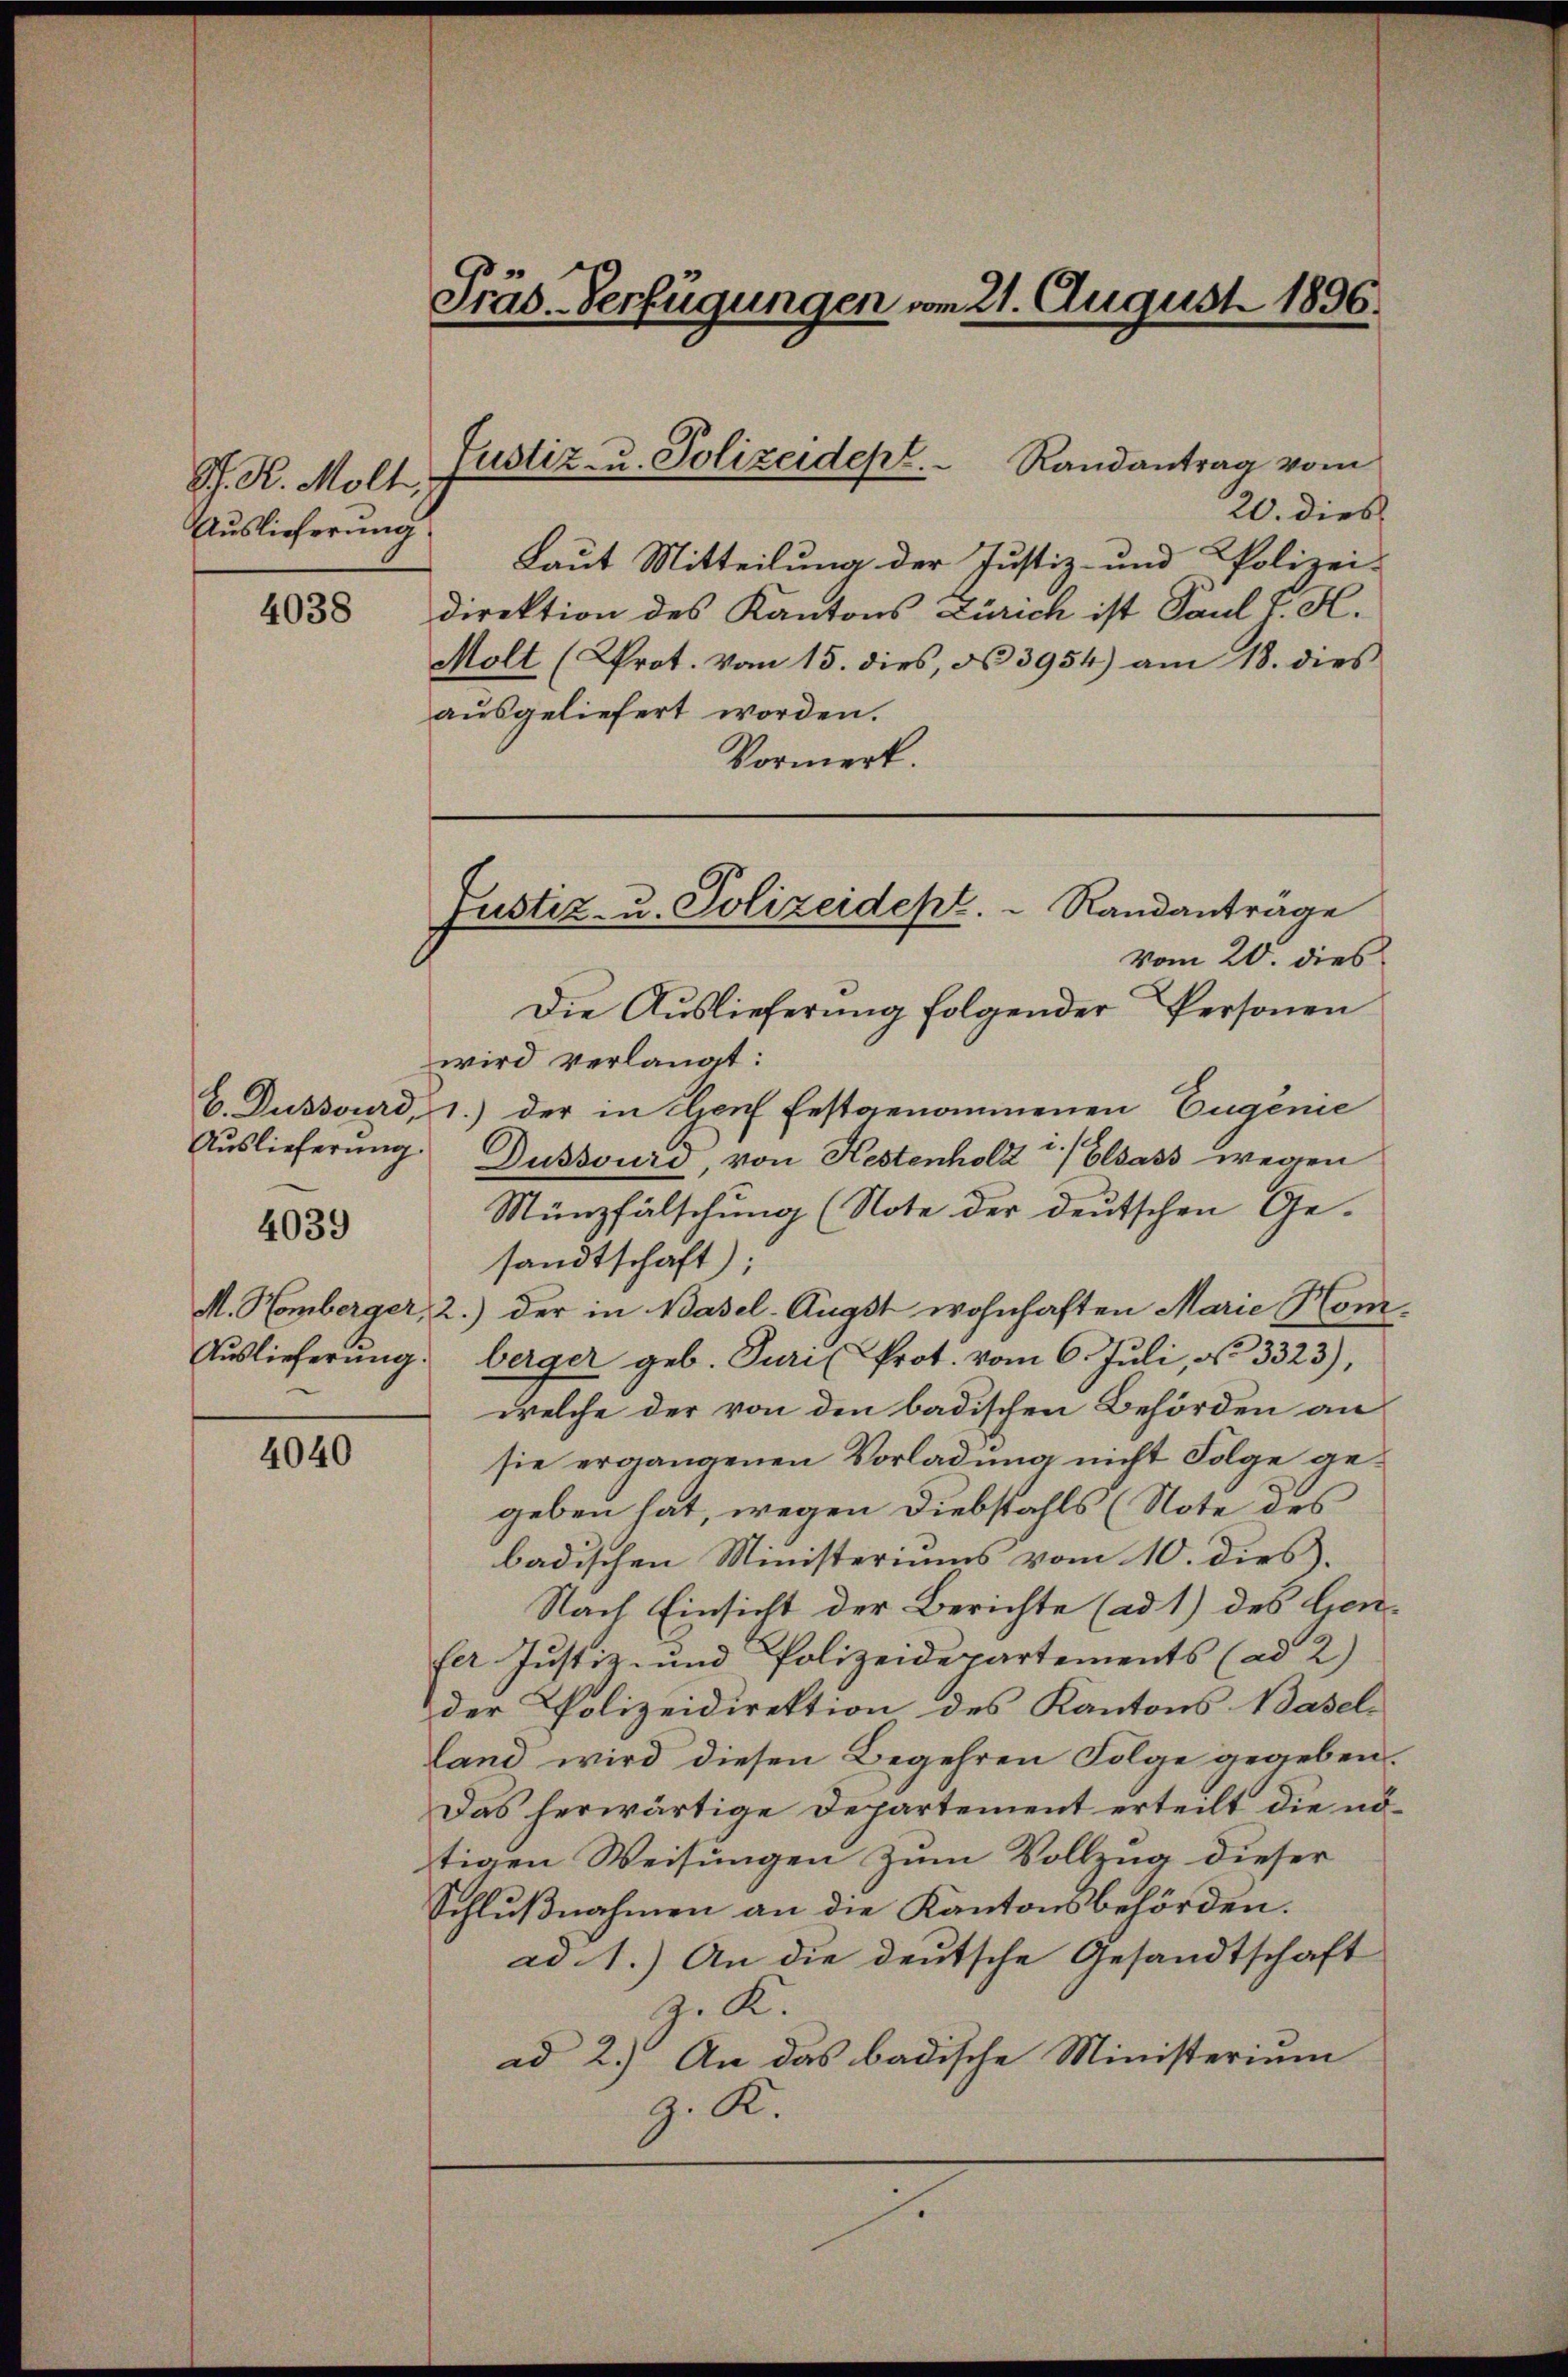
S. K. Molt,
Auslieferung
4038

4039

4040

Präs. Verfügungen vom 21. August 1896.

20. dies
Laut Mitteilung der Justiz- und Polizei-
direktion des Kantons Zürich ist Paul J. H.
Molt (Krot. vom 15. dies, No 3954) am 18. dies
ausgeliefert worden.
Vormerk.

Justiz- u. Polizeidept. Randantrag vom

vom 20. dies
Die Auslieferung folgender Personen
wird verlangt:
C. Dubsurd, 1.) der in Genf festgenommenen Eugenie
Auslieferung Dussvurd, von Kestenholz 3) Elsass wegen
Münzfälschung (Note der deutschen Ge-
sandtschaft);
M. Homberger, 2.) der in Basel-Augst wohnhaften Marie Hom¬
Aŭslieferŭng berger geb. Puri Prot. vom 6. Jŭli, N. 3323),
welche der von den badischen Behörden an
sie ergangenen Vorladung nicht Folge gegeben hat, wegen Diebstahls (Note des
badischen Ministeriums vom 10. dies
Nach Einsicht der Berichte (ad 1) des Genfer Justiz- und Polizeidepartements (ad 2)
der Polizeidirektion des Kantons Basel-
land wird diesen Begehren Folge gegeben.
Das herwärtige Departement erteilt die nötigen Weisungen zum Vollzug dieser
Schlußnahmen an die Kantonsbehörden.
ad 1.) An die deutsche Gesandtschaft
z. K.
ad 2.) An das badische Ministerium
z. R.
r

Justiz- u. Polizeidept.  Randantrage